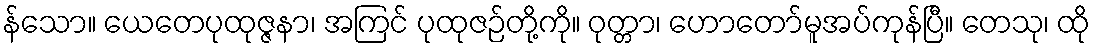
န်သော။ ယေတေပုထုဇ္ဇနာ၊ အကြင် ပုထုဇဉ်တို့ကို။ ဝုတ္တာ၊ ဟောတော်မူအပ်ကုန်ပြီ။ တေသု၊ ထို